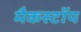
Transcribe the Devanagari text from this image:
मैकस्टॉप